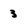
Character: 3